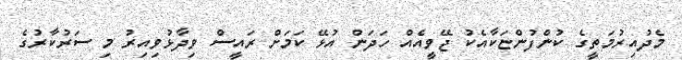
މެދުއިރުމަތީގެ ކުންފުންޏަކާއެކު ޖޭވީއެއް ހަދަން އުޅޭ ކަމަށް ރައީސް ވިދާޅުވިއިރު މި ސަރުކާރުގެ